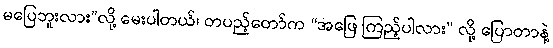
မပြေဘူးလား”လို့ မေးပါတယ်၊ တပည့်တော်က “အဖြေ ကြည့်ပါလား” လို့ ပြောတာနဲ့